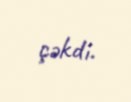
çəkdi.